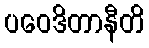
ပဝေဒိတာနီတိ